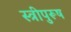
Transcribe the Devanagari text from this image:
स्त्रीपुरूष